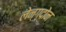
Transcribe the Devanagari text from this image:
लेन्ग्दोन